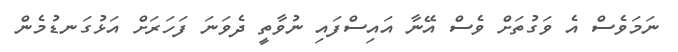
ނަމަވެސް އެ ވަގުތަށް ވެސް އޭނާ އައިސްފައި ނުވާތީ ދެވަނަ ފަހަރަށް އަޅުގަނޑުމެން